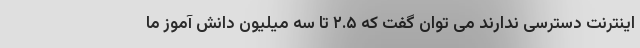
اینترنت دسترسی ندارند می توان گفت که ۲.۵ تا سه میلیون دانش آموز ما